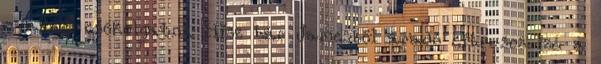
nyakát csókolgatni. Hisz bár Jamesből áradó citrusos izé a